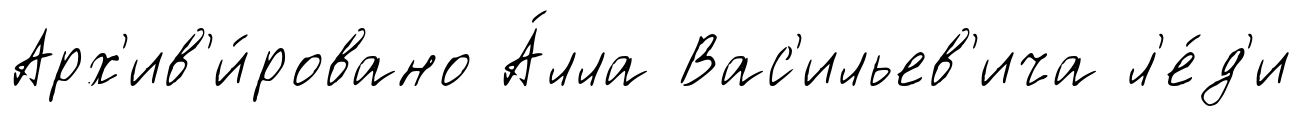
Арх'ив'и́ровано А́лла Вас'ильев'ича л'е́д'и